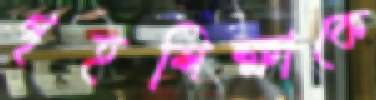
গৃহশিক্ষাকে